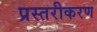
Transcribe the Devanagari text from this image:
प्रस्तरीकरण